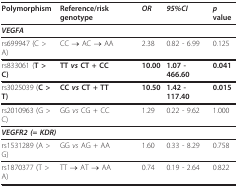
| Polymorphism | Reference/risk genotype | OR | 95%CI | p value |
 | --- | --- | --- | --- | --- |
 | <COLSPAN=5> VEGFA |
 | rs699947 (C > A) | CC → AC → AA | 2.38 | 0.82 - 6.99 | 0.125 |
 | rs833061 (T > C) | TT vs CT + CC | 10.00 | 1.07 - 466.60 | 0.041 |
 | rs3025039 (C > T) | CC vs CT + TT | 10.50 | 1.42 - 117.40 | 0.015 |
 | rs2010963 (G > C) | GG vs CG + CC | 1.29 | 0.22 - 9.62 | 1.000 |
 | <COLSPAN=5> VEGFR2 (= KDR) |
 | rs1531289 (A > G) | GG vs AG + AA | 1.60 | 0.33 - 8.29 | 0.758 |
 | rs1870377 (T > A) | TT → AT → AA | 0.74 | 0.19 - 2.64 | 0.822 |